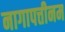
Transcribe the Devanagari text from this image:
नागापत्तीनम